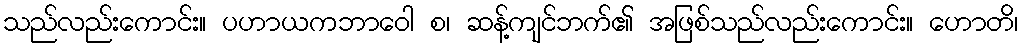
သည်လည်းကောင်း။ ပဟာယကဘာဝေါ စ၊ ဆန့်ကျင်ဘက်၏ အဖြစ်သည်လည်းကောင်း။ ဟောတိ၊